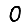
Digit: 0